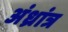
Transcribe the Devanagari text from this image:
अंध्रांत्र